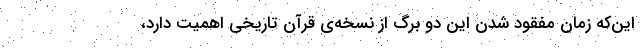
این‌که زمان مفقود شدن این دو برگ از نسخه‌ی قرآنِ تاریخی اهمیت دارد،